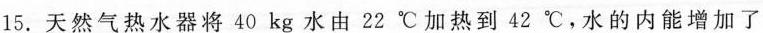
15.天然气热水器将40kg水由22℃加热到42℃，水的内能增加了